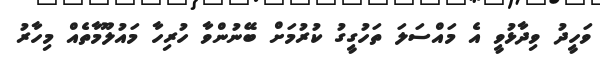
ވަހީދު ވިދާޅުވީ އެ މައްސަލަ ތަހުގީގު ކުރުމަށް ބޭނުންވާ ހުރިހާ މައުލޫމާތެއް މިހާރު